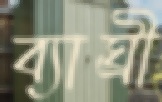
ব্যাঘ্রী